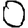
Digit: 0